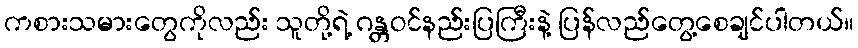
ကစားသမားတွေကိုလည်း သူတို့ရဲ့ ဂန္တဝင်နည်းပြကြီးနဲ့ ပြန်လည်တွေ့စေချင်ပါတယ်။